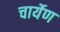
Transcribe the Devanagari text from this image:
चार्येण